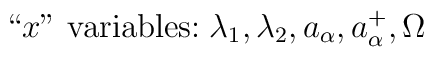
\mbox{``$x$'' variables:} \; \lambda_1, \lambda_2, a_\alpha, a_\alpha^+, \Omega